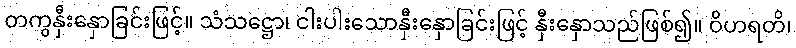
တကွနှီးနှောခြင်းဖြင့်။ သံသဋ္ဌော၊ ငါးပါးသောနှီးနှောခြင်းဖြင့် နှီးနှောသည်ဖြစ်၍။ ဝိဟရတိ၊